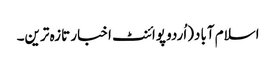
اسلام آباد(اُردو پوائنٹ اخبار تازہ ترین۔